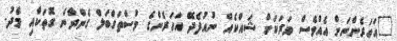
"އަހަރެންނަށް އެއްވެސް ވަރަކަށް ޝައްކެއް ނުއުފެދޭ އަހަރެންގެ މުސްތަގްބަލް ގެންދާނެ ގޮތަކާއި މެދު.